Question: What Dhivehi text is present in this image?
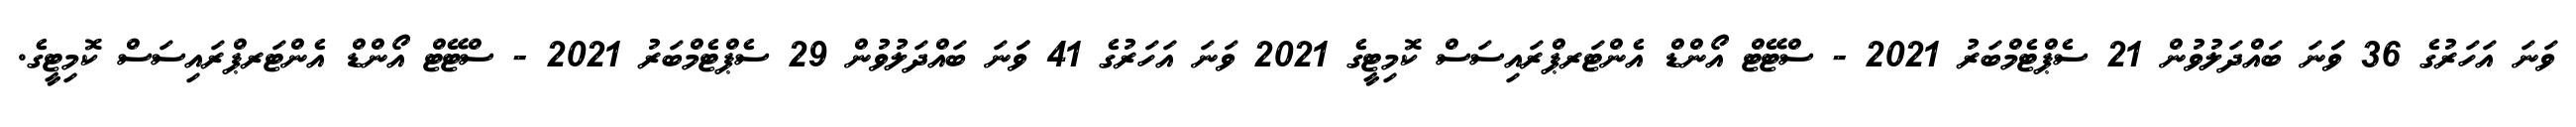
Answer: ވަނަ އަހަރުގެ 36 ވަަނަ ބައްދަލުވުން 21 ސެޕްޓެމްބަރު 2021 - ސްޓޭޓް އޯންޑް އެންޓަރޕްރައިސަސް ކޮމިޓީގެ 2021 ވަނަ އަހަރުގެ 41 ވަަނަ ބައްދަލުވުން 29 ސެޕްޓެމްބަރު 2021 - ސްޓޭޓް އޯންޑް އެންޓަރޕްރައިސަސް ކޮމިޓީގެ.